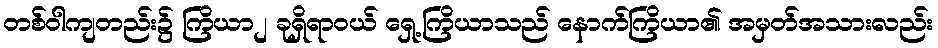
တစ်ဝါကျတည်း၌ ကြိယာ၂ ခုရှိရာဝယ် ရှေ့ကြိယာသည် နောက်ကြိယာ၏ အမှတ်အသားလည်း